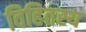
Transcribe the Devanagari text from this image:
विहितस्य